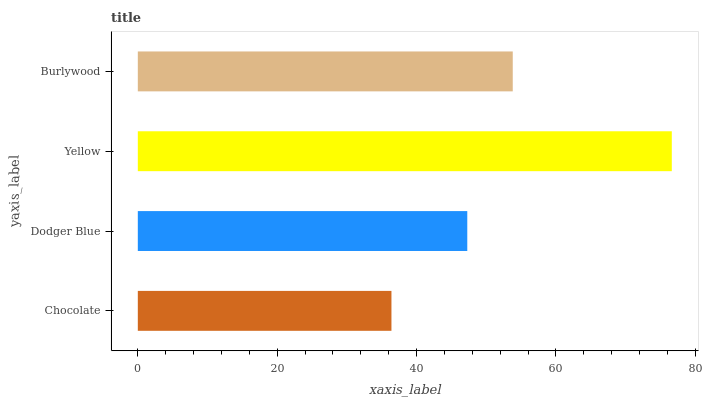
| yaxis_label | bars |
 | --- | --- |
 | Chocolate | 36.4 |
 | Dodger Blue | 47.3 |
 | Yellow | 76.6 |
 | Burlywood | 53.8 |